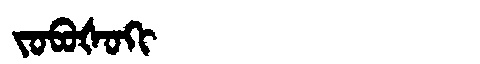
Manchu: ᠵᠣᠪᠣᡧᠣᡴᡳ
Romanization: JOBOŠOKI